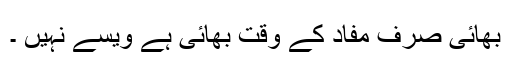
بھائی صرف مفاد کے وقت بھائی ہے ویسے نہیں ۔